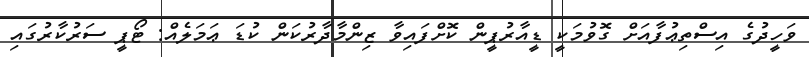
ވަހީދުގެ އިސްތިޢުފާއަށް ގޮވުމަކީ ޑީއާރުޕީން ކޮށްފައިވާ ޒިންމާދާރުކަން ކުޑަ ޢަމަލެއް: ޓޯޕީ ސަރުކާރުގައި